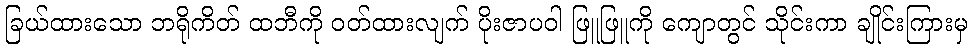
ခြယ်ထားသော ဘရိုကိတ် ထဘီကို ဝတ်ထားလျက် ပိုးဇာပဝါ ဖြူဖြူကို ကျောတွင် သိုင်းကာ ချိုင်းကြားမှ